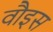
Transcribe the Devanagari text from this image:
वौइस